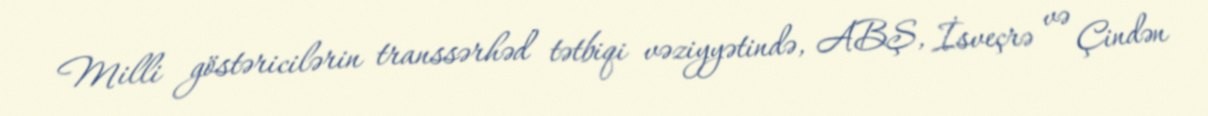
Milli göstəricilərin transsərhəd tətbiqi vəziyyətində, ABŞ, İsveçrə və Çindən